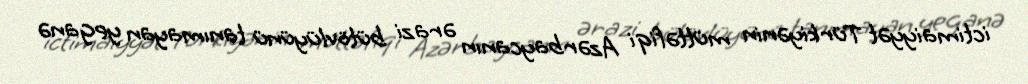
ictimaiyyət Türkiyənin müttəfiqi Azərbaycanın ərazi bütövlüyünü tanımayan yeganə